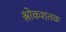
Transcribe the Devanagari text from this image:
श्लोकशतक